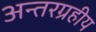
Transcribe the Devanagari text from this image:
अन्तरग्रहीय